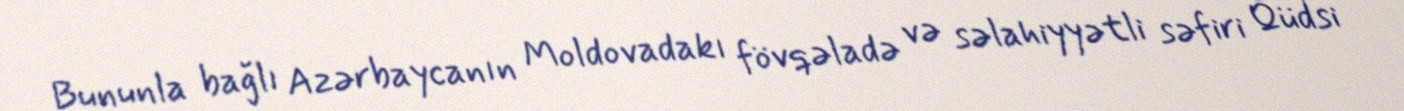
Bununla bağlı Azərbaycanın Moldovadakı fövqəladə və səlahiyyətli səfiri Qüdsi